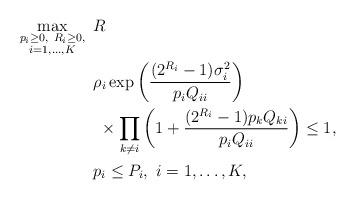
LaTeX: \begin{align*}\max_{\substack{p_i\ge0,~R_i\ge0,\\i=1,\dots,K}}~&R\\~&\rho_i\exp\left(\frac{(2^{R_i}-1)\sigma_i^2}{p_iQ_{ii}}\right)\\&~\times\prod_{k{\ne}i}\left(1+\frac{(2^{R_i}-1)p_kQ_{ki}}{p_iQ_{ii}}\right)\le1,\\&p_i\le{P}_i,~i=1,\dots,K,\end{align*}